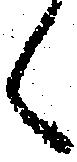
く